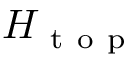
H _ { \mathrm { ~ t ~ o ~ p ~ } }